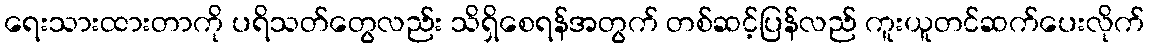
ရေးသားထားတာကို ပရိသတ်တွေလည်း သိရှိစေရန်အတွက် တစ်ဆင့်ပြန်လည် ကူးယူတင်ဆက်ပေးလိုက်